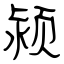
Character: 颍